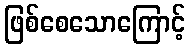
ဖြစ်စေသောကြောင့်